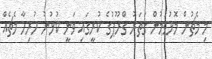
މި މެޗުން މޮޅުވުމުން ގަތަރު ގްރޫޕުގެ ކުރީގައި ވަނީ ކުޅުނު ހުރިހާ މެޗެއް